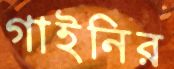
গাইনির